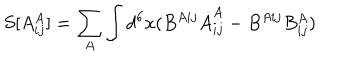
S [ A _ { i j } ^ { A } ] = \sum _ { A } \int d ^ { 6 } x ( B ^ { A i j } \dot { A } _ { i j } ^ { A } - B ^ { A i j } B _ { i j } ^ { A } )